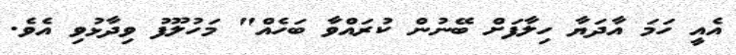
އެއީ ހަމަ އާދަޔާ ހިލާފަށް ބޭނުން ކުރައްވާ ބަހެއް" މަހުލޫފު ވިދާޅުވި އެވެ.